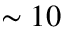
\sim 1 0